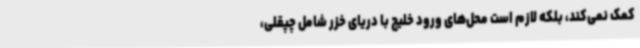
کمک نمی‌کند، بلکه لازم است محل‌های ورود خلیج با دریای خزر شامل چپقلی،